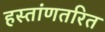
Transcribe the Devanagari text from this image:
हस्तांणतरित